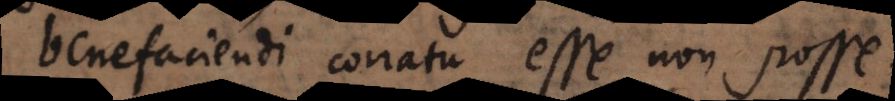
benefaciendi conatu esse non posse.